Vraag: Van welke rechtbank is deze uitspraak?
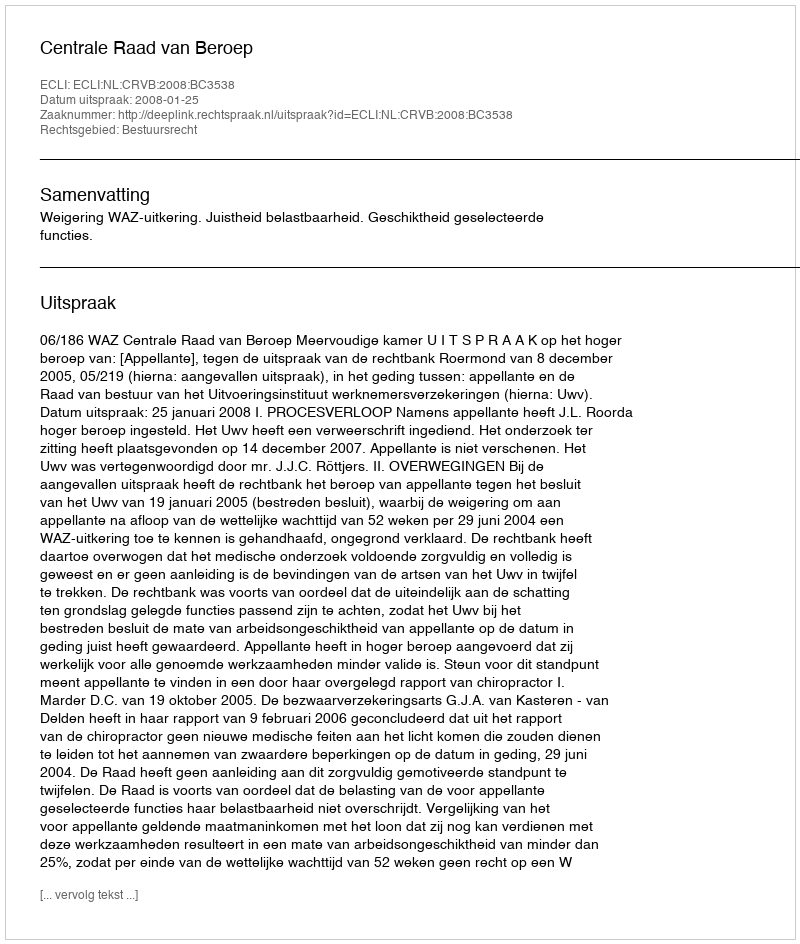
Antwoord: Centrale Raad van Beroep